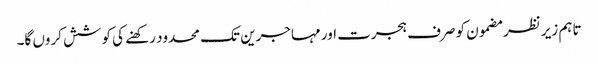
تاہم زیر نظر مضمون کو صرف ہجرت اور مہاجرین تک محدود رکھنے کی کوشش کروں گا۔